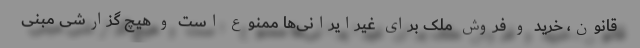
قانون، خرید و فروش ملک برای غیرایرانی‌ها ممنوع است و هیچ گزارشی مبنی